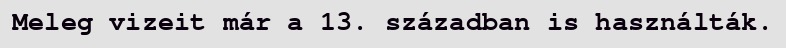
Meleg vizeit már a 13. században is használták.